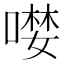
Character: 𠼖